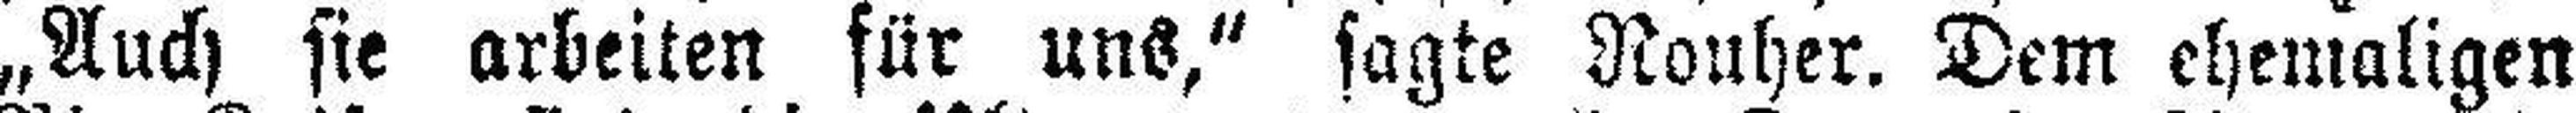
„Auch sie arbeiten für uns,“ sagte Nouher. Dem ehemaligen